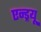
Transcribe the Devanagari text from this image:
एन्‍ड्रयू